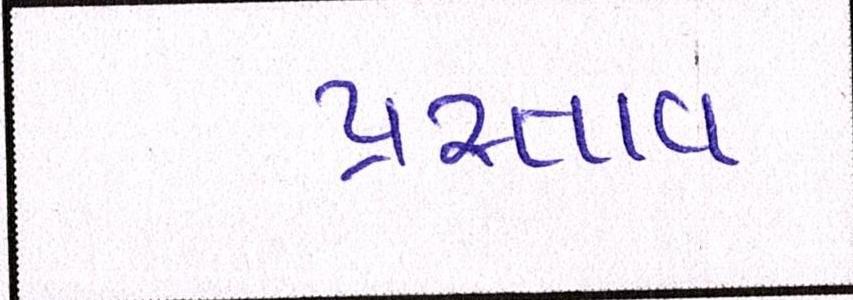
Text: પ્રસ્તાવ